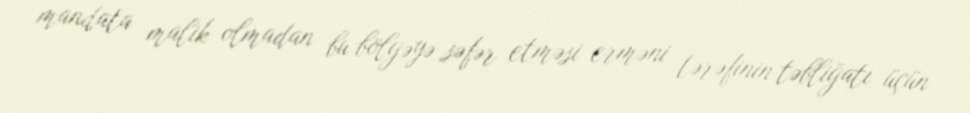
mandata malik olmadan bu bölgəyə səfər etməsi erməni tərəfinin təbliğatı üçün